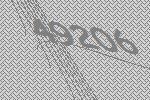
49206